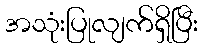
အသုံးပြုလျက်ရှိပြီး